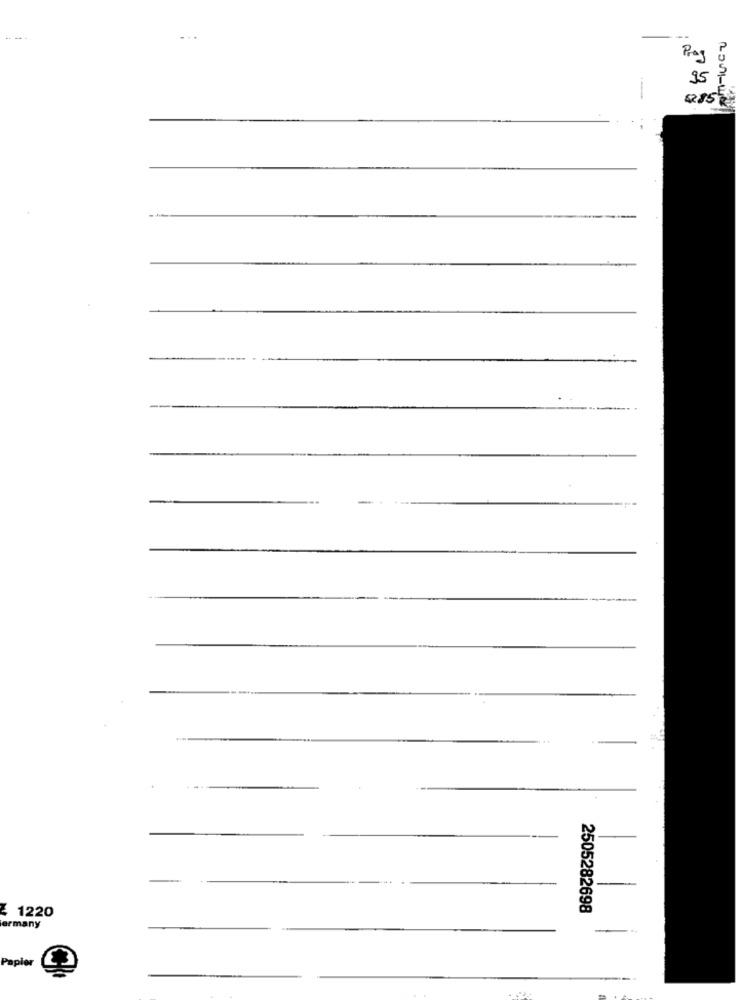
Prog
35
485R
2001-40
2505282698
1220
ermany
Papier